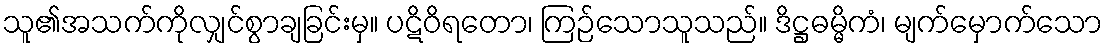
သူ၏အသက်ကိုလျှင်စွာချခြင်းမှ။ ပဋိဝိရတော၊ ကြဉ်သောသူသည်။ ဒိဋ္ဌဓမ္မိကံ၊ မျက်မှောက်သော